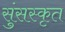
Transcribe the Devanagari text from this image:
सुंसस्कृत